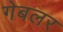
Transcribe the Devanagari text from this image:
गेबलर